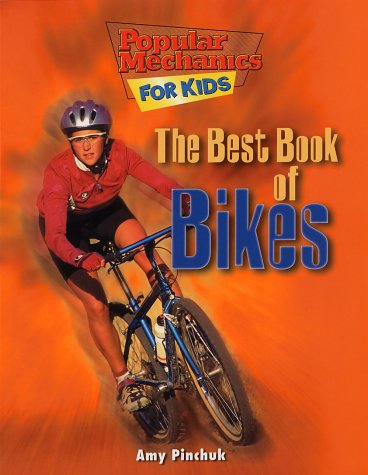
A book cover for The Best Book of Bikes (Popular Mechanics for Kids); Amy Pinchuk; Children's Books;